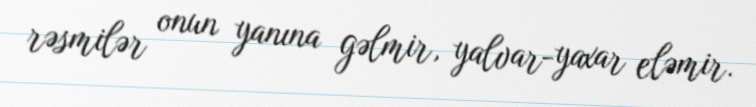
rəsmilər onun yanına gəlmir, yalvar-yaxar eləmir.